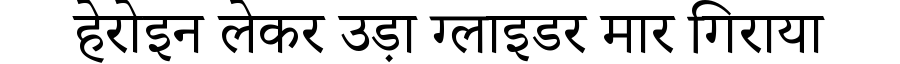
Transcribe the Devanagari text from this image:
हेरोइन लेकर उड़ा ग्लाइडर मार गिराया